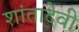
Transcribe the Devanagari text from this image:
शांतादेवी